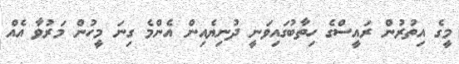
މީގެ އިތުރުން ރައީސްގެ ހިތާބުގައިވަނީ ދުނިޔެއިން އެންމެ ގިނަ މީހުން މަރުވާ އެއް